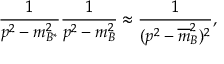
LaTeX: { \frac { 1 } { p ^ { 2 } - m _ { B ^ { \ast } } ^ { 2 } } } { \frac { 1 } { p ^ { 2 } - m _ { B } ^ { 2 } } } \approx { \frac { 1 } { ( p ^ { 2 } - { \overline { { m } } } _ { B } ^ { 2 } ) ^ { 2 } } } ,